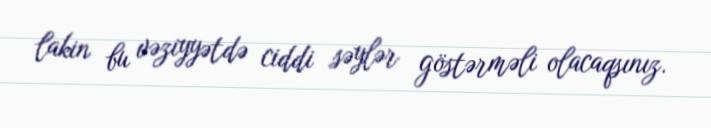
lakin bu vəziyyətdə ciddi səylər göstərməli olacaqsınız.